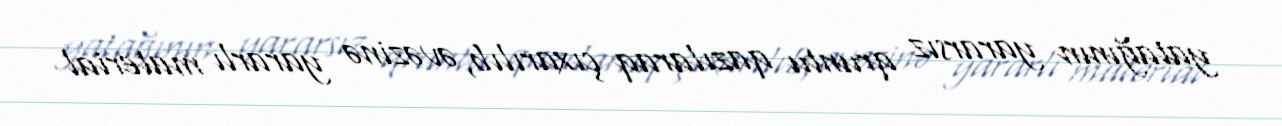
yatağının yararsız qruntu qazılaraq çıxarılıb, əvəzinə yararlı material